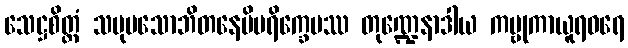
သေဋ္ဌစိတ္တံ သမုပသောဘိတနေမိပရိက္ခေပဿ တုဏ္ဍေနာဒါယ ကမ္ဗုကာယူရဓရေ